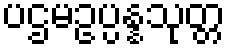
ပဌမဥပ္ပန္နသုတ္တ